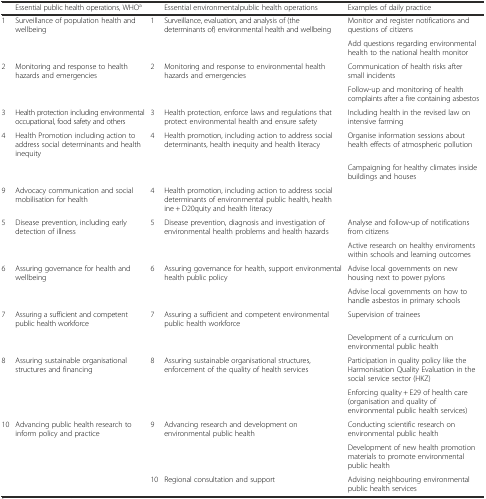
<table><thead><tr><td></td><td><b>Essential public health operations, WHO<sup>a</sup></b></td><td></td><td><b>Essential environmentalpublic health operations</b></td><td><b>Examples of daily practice</b></td></tr></thead><tbody><tr><td>1</td><td>Surveillance of population health and wellbeing</td><td>1</td><td>Surveillance, evaluation, and analysis of (the determinants of) environmental health and wellbeing</td><td>Monitor and register notifications and questions of citizens</td></tr><tr><td></td><td></td><td></td><td></td><td>Add questions regarding environmental health to the national health monitor</td></tr><tr><td>2</td><td>Monitoring and response to health hazards and emergencies</td><td>2</td><td>Monitoring and response to environmental health hazards and emergencies</td><td>Communication of health risks after small incidents</td></tr><tr><td></td><td></td><td></td><td></td><td>Follow-up and monitoring of health complaints after a fire containing asbestos</td></tr><tr><td>3</td><td>Health protection including environmental occupational, food safety and others</td><td>3</td><td>Health protection, enforce laws and regulations that protect environmental health and ensure safety</td><td>Including health in the revised law on intensive farming</td></tr><tr><td>4</td><td>Health Promotion including action to address social determinants and health inequity</td><td>4</td><td>Health promotion, including action to address social determinants, health inequity and health literacy</td><td>Organise information sessions about health effects of atmospheric pollution</td></tr><tr><td></td><td></td><td></td><td></td><td>Campaigning for healthy climates inside buildings and houses</td></tr><tr><td>9</td><td>Advocacy communication and social mobilisation for health</td><td>4</td><td>Health promotion, including action to address social determinants of environmental public health, health ine + D20quity and health literacy</td><td></td></tr><tr><td>5</td><td>Disease prevention, including early detection of illness</td><td>5</td><td>Disease prevention, diagnosis and investigation of environmental health problems and health hazards</td><td>Analyse and follow-up of notifications from citizens</td></tr><tr><td></td><td></td><td></td><td></td><td>Active research on healthy enviroments within schools and learning outcomes</td></tr><tr><td>6</td><td>Assuring governance for health and wellbeing</td><td>6</td><td>Assuring governance for health, support environmental health public policy</td><td>Advise local governments on new housing next to power pylons</td></tr><tr><td></td><td></td><td></td><td></td><td>Advise local governments on how to handle asbestos in primary schools</td></tr><tr><td>7</td><td>Assuring a sufficient and competent public health workforce</td><td>7</td><td>Assuring a sufficient and competent environmental public health workforce</td><td>Supervision of trainees</td></tr><tr><td></td><td></td><td></td><td></td><td>Development of a curriculum on environmental public health</td></tr><tr><td>8</td><td>Assuring sustainable organisational structures and financing</td><td>8</td><td>Assuring sustainable organisational structures, enforcement of the quality of health services</td><td>Participation in quality policy like the Harmonisation Quality Evaluation in the social service sector (HKZ)</td></tr><tr><td></td><td></td><td></td><td></td><td>Enforcing quality + E29 of health care (organisation and quality of environmental public health services)</td></tr><tr><td>10</td><td>Advancing public health research to inform policy and practice</td><td>9</td><td>Advancing research and development on environmental public health</td><td>Conducting scientific research on environmental public health</td></tr><tr><td></td><td></td><td></td><td></td><td>Development of new health promotion materials to promote environmental public health</td></tr><tr><td></td><td></td><td>10</td><td>Regional consultation and support</td><td>Advising neighbouring environmental public health services</td></tr></tbody></table>